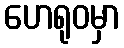
ဟေရုဝမှာ